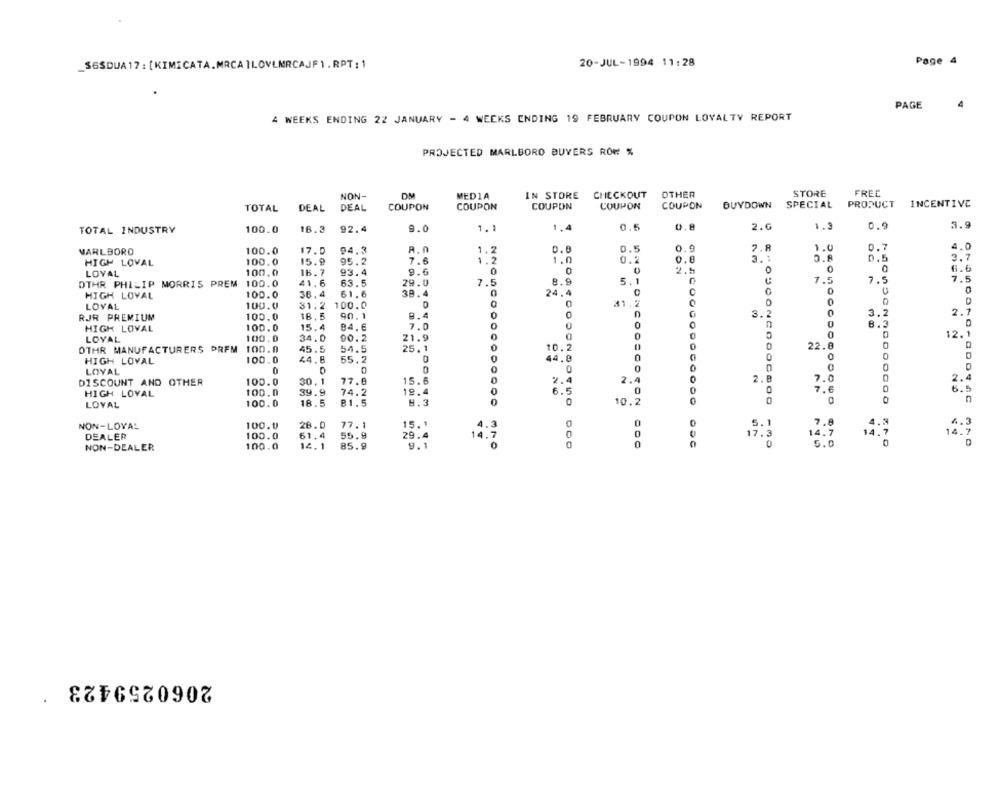
20-JUL-1994 11:28
Page 4
_SGSDUA 17 : [KIMICATA.MRCA ]LOVLMRCAJF1.RPT: 1
4
PAGE
4 WEEKS ENDING 22 JANUARY - 4 WEEKS ENDING 19 FEBRUARY COUPON LOYALTY REPORT
PROJECTED MARLBORO BUYERS ROW %
NON-
MEDIA
IN STORE
CHECKOUT
OTHER
STORE
FREE
DEAL
COUPON
COUPON
COUPON
COUPON
COUPON
BUYDOWN
SPECIAL PRODUCT INCENTIVE
TOTAL
DEAL
TOTAL INDUSTRY
100.0
16.3
92.4
9.0
1.1
1.4
0.5
0.8
2.6
1.9
0.9
3.9
4.0
MARLBORO
100.0
17.0
94.3
A. n
1.2
0.0
0.5
0.9
7.8
1.0
0.7
HIGH LOVAL
100.0
15.9
95.2
7.6
1.2
1.0
0.2
0.0
3. :
0.8
0.5
3.7
93.4
0
0
2.5
0
0
6.6
LOYAL
100.0
16.7
9.6
7.5
OTHR PHILIP MORRIS PREM 100.0
41.6
63.5
29.0
7.5
8.9
5.1
1.5
7.5
100.0
36.4
61.6
38.4
24.4
HIGH LOVAL
0
0
LOYAL
100.0
31.2
100.0
0
31.2
RJR PREMIUM
100.0
18.5
90.1
9.4
0
3.2
0
3.2
2.7
0
0
0
8.3
HIGH LOVAL
100.0
15.4
84.6
7.0
12.1
LOYAL
100.0
34.0
90.2
21.9
0
OTHR MANUFACTURERS DREM 100.0
45.5
54.5
25.1
10.2
22.8
D
0
0
HIGH LOVAL
100.0
44.8
55.2
0
44.8
0
0
LOYAL
0
D
0
0
0
0
DISCOUNT AND OTHER
100.0
30,1
77.8
15.6
2.8
7.0
2.
6.5
HIGH LOVAL
100.0
39.9
74.2
19.4
6
0
0
100.0
18.5
81.5
8.3
10.2
0
0
n
LOYAL
NON-LOVAL
100.U
28.0
77.1
15.1
4.3
0
7.8
4.3
DEALER
100.0
61.4
55.9
29.4
14.7
0
0
14.7
14.7
0
0
17.3
5.0
NON-DEALER
100.0
14.1
85.9
9.1
2060259423
.